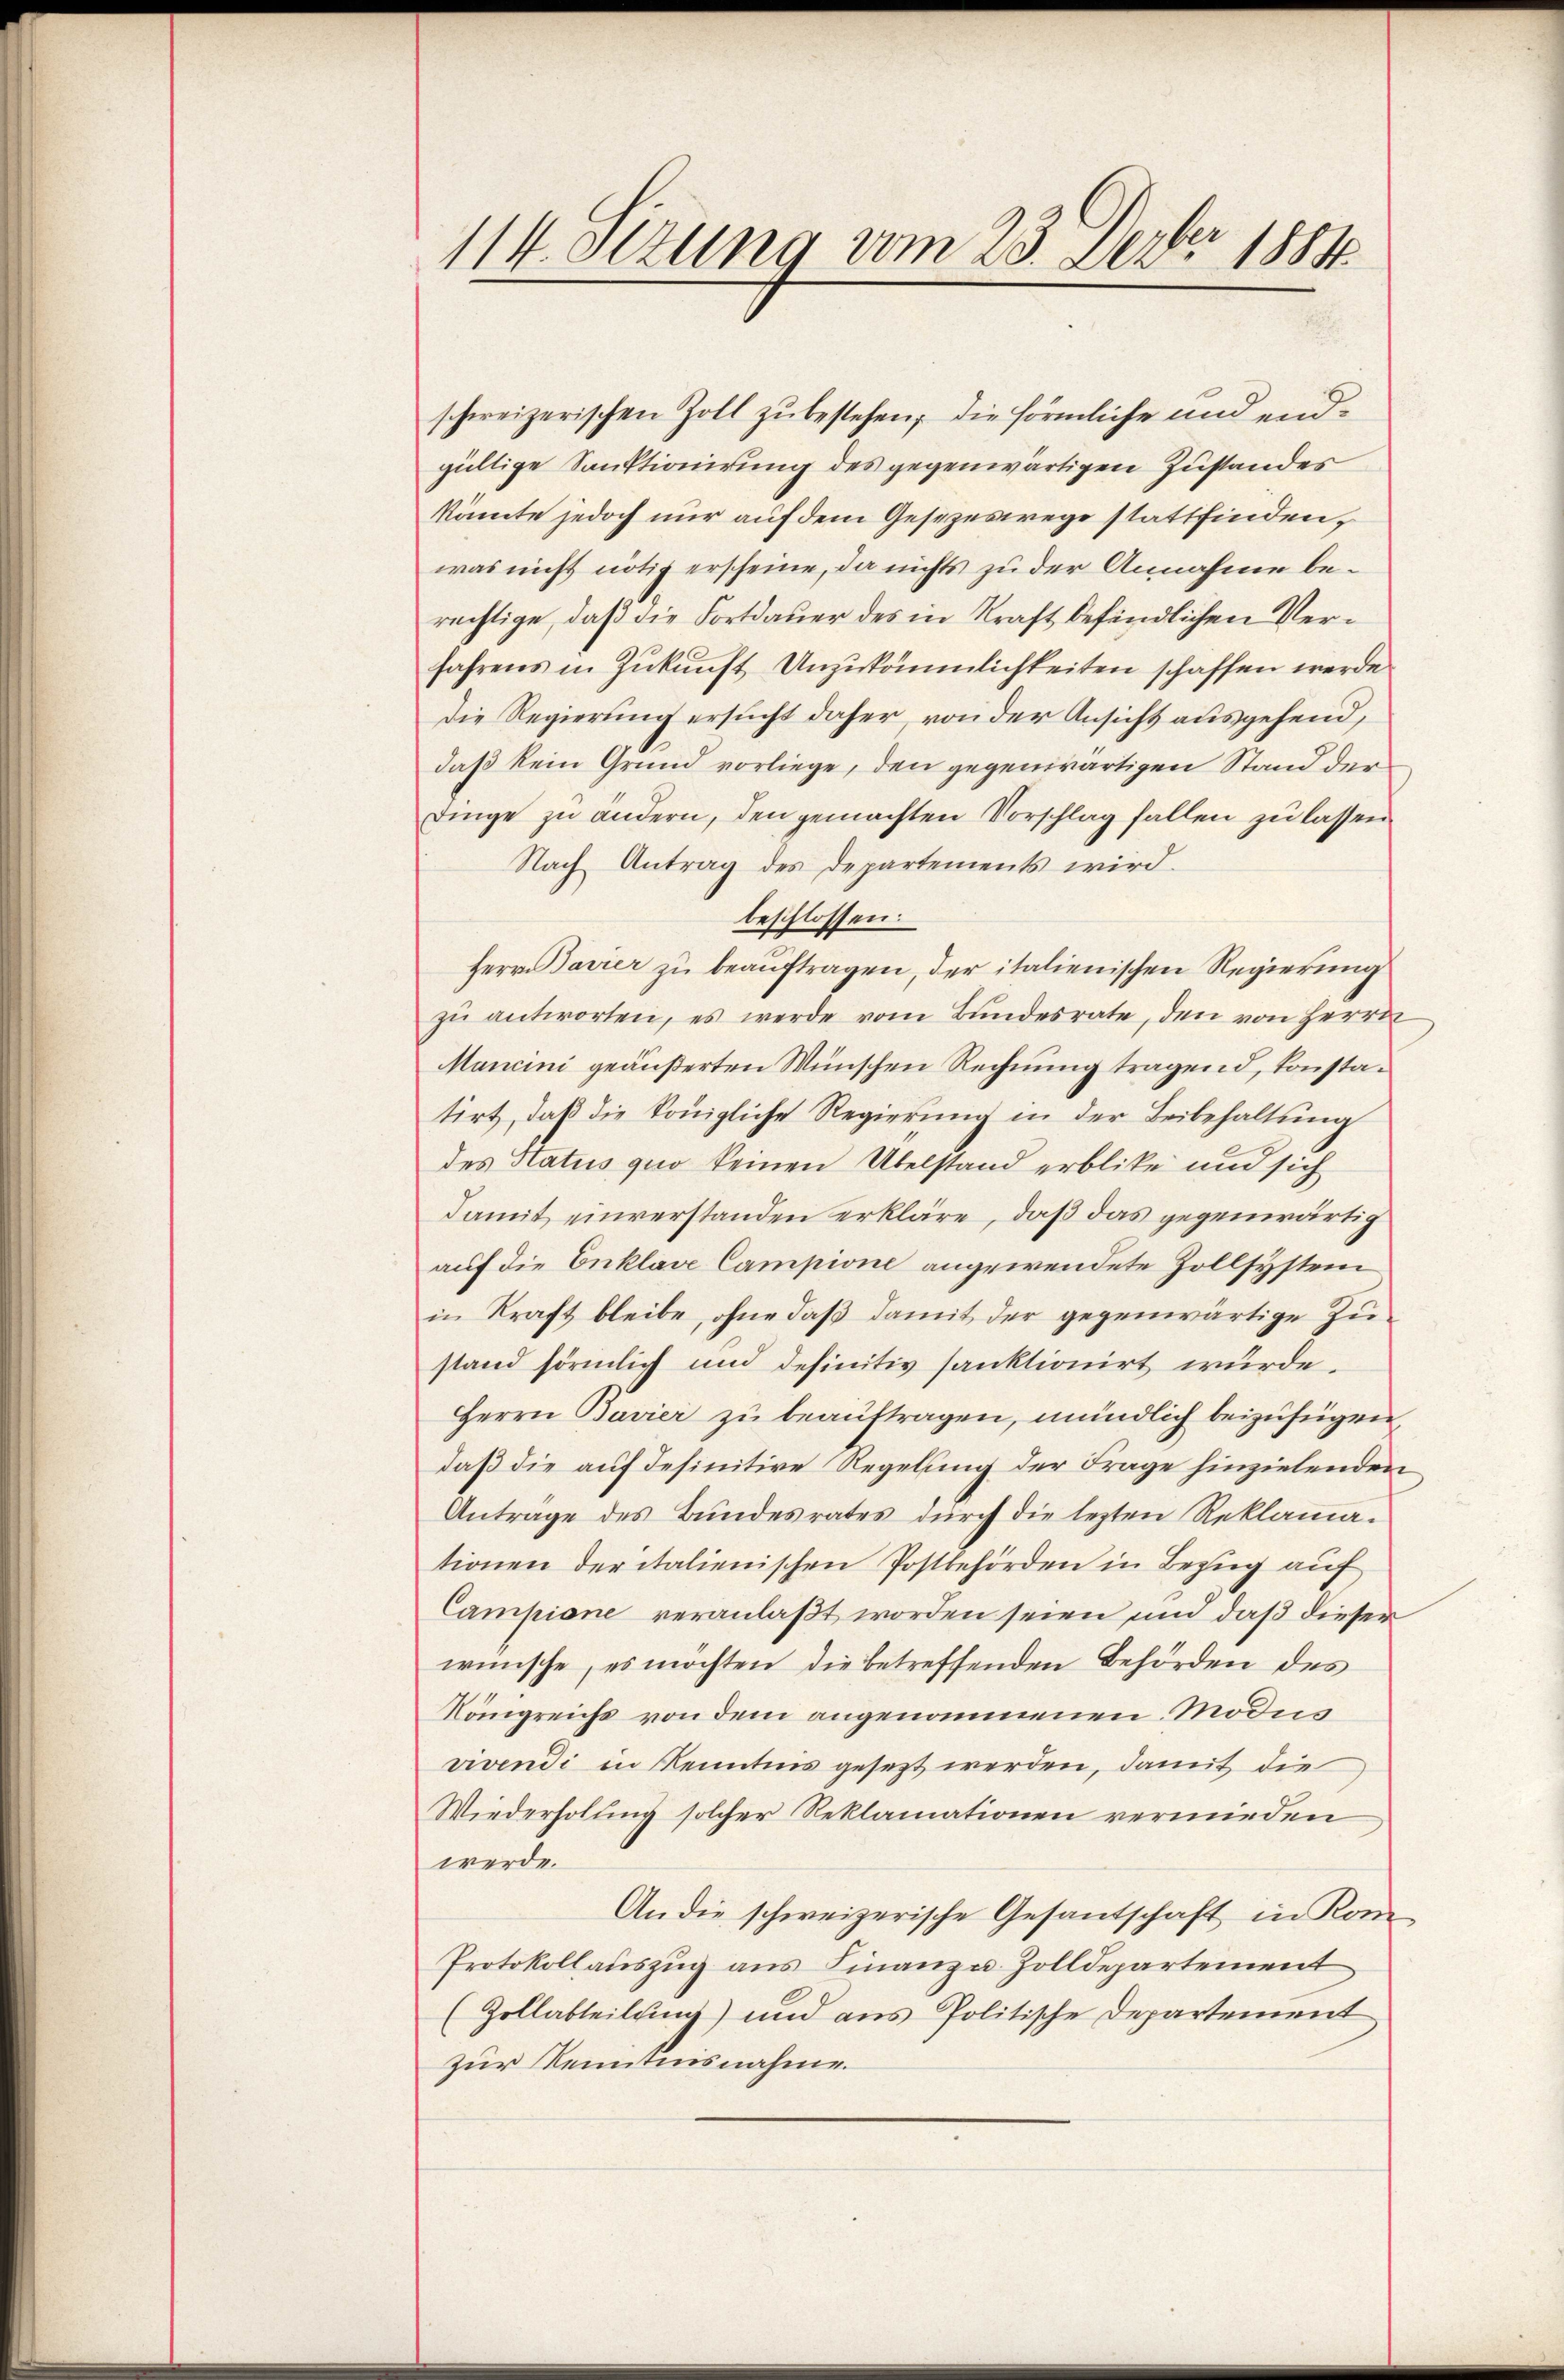
114. Otzung vom 23. Febr. 1884

schweizerischen Zoll zu bestehen, die förmliche und endgültige Sanktionirung des gegenwärtigen Zustandes
könnte jedoch nur auf dem Gesezeswege stattfinden,
was nicht nötig erscheine, da nichts zu der Annahme berechtige, daß die Fortdauer des in Kraft befindlichen Verfahrens in Zukunft Unzukömmlichkeiten schaffen werde.
Die Regierung ersucht daher, von der Ansicht ausgehend,
daß kein Grund vorliege, den gegenwärtigen Stand der
Dinge zu andern, den gemachten Vorschlag fallen zu lassen
Nach Antrag des Departements wird.
beschlossen:
Herr Bavier zu beauftragen, der italienischen Regierung
zŭ antworten, es werde vom Bundesrate, den von Herrn
Mancini geäußerten Wünschen Rechnung tragend, konstatirt, daß die Königliche Regierung in der Beibehaltung
des Status quo keinen Übelstand erblike und sich
damit einverstanden erkläre, daß das gegenwärtig
auf die Enklage Campione angewendete Zollsystem
in Kraft bleibe, ohne daß damit der gegenwärtige Zustand förmlich und definitiv sanktionirt wurde.
Herrn Bavier zu beauftragen, mündlich beizufügen,
daß die auf desinitive Regelung der Frage hinzielenden
Antrage des Bŭndesrates dŭrch die lezten Reklama-
tionen der italienischen Postbehörden in Bezug auf
Campione veranlaßt worden seien und daß dieser
wünsche, es möchten die betreffenden Behörden des
Königreichs von dem angenommenen Modus
vivendi in Kenntnis gesezt werden, damit die
Wiederholung solcher Reklamationen vermieden
werde.
An die schweizerische Gesantschaft in Kom
Protokoll auszug aus Finanz u. Zolldepartement
(Zollabteilung) und aus Politische Departement
zur Kenntnisnahme.